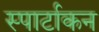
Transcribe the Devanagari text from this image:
स्पार्टाकन